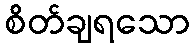
စိတ်ချရသော